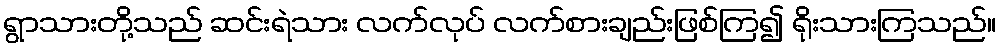
ရွာသားတို့သည် ဆင်းရဲသား လက်လုပ် လက်စားချည်းဖြစ်ကြ၍ ရိုးသားကြသည်။